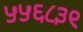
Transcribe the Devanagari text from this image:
५५६८३९